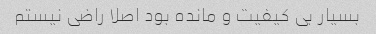
بسیار بی کیفیت و مانده بود اصلا راضی نیستم